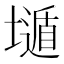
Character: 𱘇